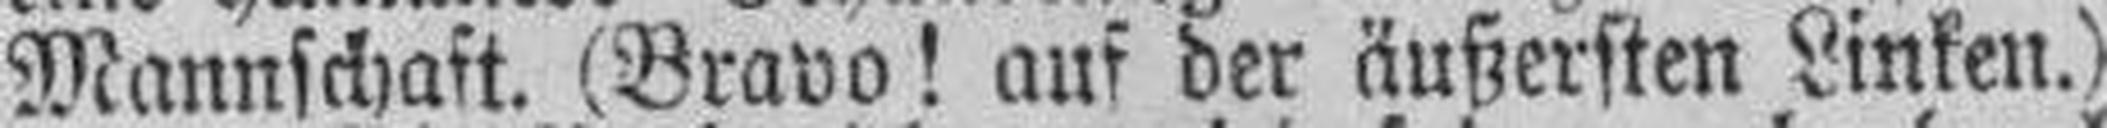
Mannschaft. (Bravo! auf der äußersten Linken.)